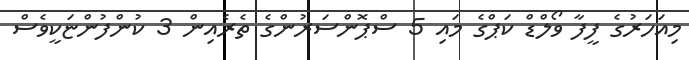
މިއަހަރުގެ ފީފާ ވޯލްޑް ކަޕްގެ މައި 5 ސްޕޮންސަރުންގެ ތެރެއިން 3 ކުންފުންޏަކީވެސް